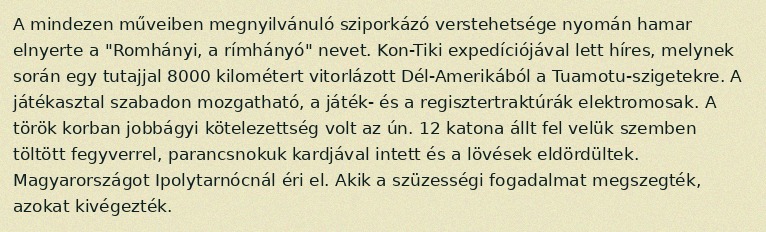
A mindezen műveiben megnyilvánuló sziporkázó verstehetsége nyomán hamar elnyerte a "Romhányi, a rímhányó" nevet. Kon-Tiki expedíciójával lett híres, melynek során egy tutajjal 8000 kilométert vitorlázott Dél-Amerikából a Tuamotu-szigetekre. A játékasztal szabadon mozgatható, a játék- és a regisztertraktúrák elektromosak. A török korban jobbágyi kötelezettség volt az ún. 12 katona állt fel velük szemben töltött fegyverrel, parancsnokuk kardjával intett és a lövések eldördültek. Magyarországot Ipolytarnócnál éri el. Akik a szüzességi fogadalmat megszegték, azokat kivégezték.